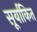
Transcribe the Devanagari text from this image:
सूर्यांकित